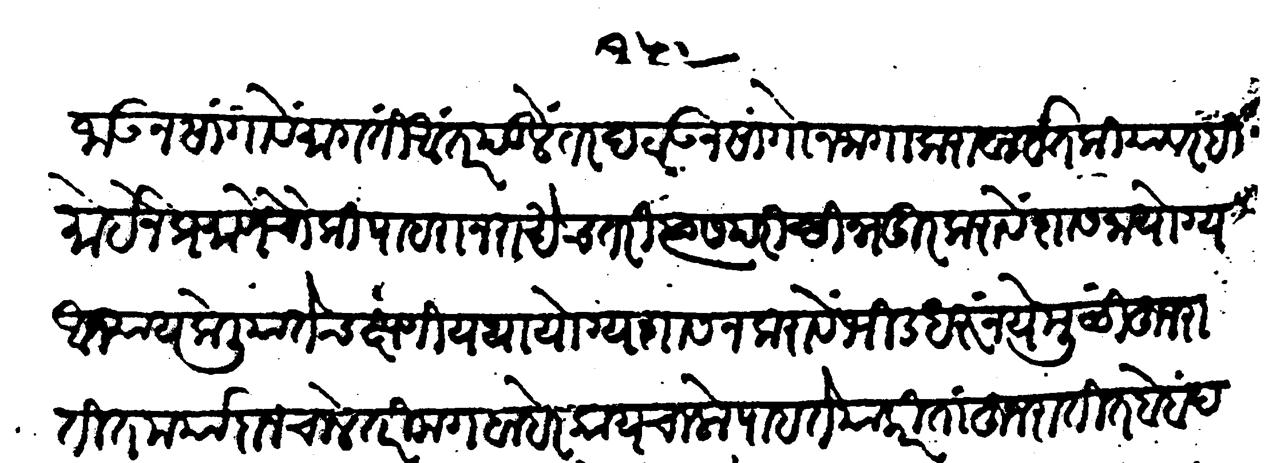
Transliteration (Devanagari): समजाऊन सांगावे मागती आंतर पडलें तर दटाऊन सांगोन जागा करावा इतकियावरही मोइनेप्रमाणे चौकी पहारा न राखेच तरी त्यास परिच्छिन्न दूर करावें शासना योग्य अन्याय केलिया तेच क्षणी यथा योग्य शासन करावें भीड धरूं नये मुळी हुजरातींत मर्यादा न चाले तरी मग बाहेर काय चालों पाहते या करितां हुजरातींत बेबंद